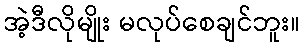
အဲ့ဒီလိုမျိုး မလုပ်စေချင်ဘူး။